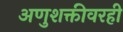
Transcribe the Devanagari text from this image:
अणुशक्तीवरही